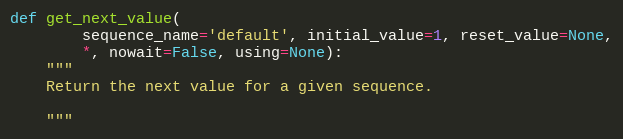
Language: Python
def get_next_value(
        sequence_name='default', initial_value=1, reset_value=None,
        *, nowait=False, using=None):
    """
    Return the next value for a given sequence.

    """